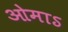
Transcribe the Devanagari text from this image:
ओमाऽ